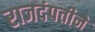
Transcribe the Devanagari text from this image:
राजदंपतीने